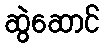
ဆွဲဆောင်